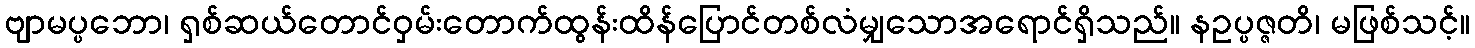
ဗျာမပ္ပဘော၊ ရှစ်ဆယ်တောင်ဝှမ်းတောက်ထွန်းထိန်ပြောင်တစ်လံမျှသောအရောင်ရှိသည်။ နဥပ္ပဇ္ဇတိ၊ မဖြစ်သင့်။